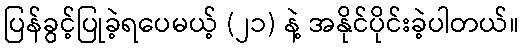
ပြန်ခွင့်ပြုခဲ့ရပေမယ့် (၂၁) နဲ့ အနိုင်ပိုင်းခဲ့ပါတယ်။